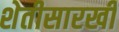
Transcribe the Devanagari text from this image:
शेतीसारखी